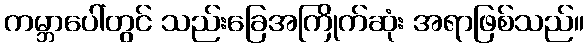
ကမ္ဘာပေါ်တွင် သည်းခြေအကြိုက်ဆုံး အရာဖြစ်သည်။